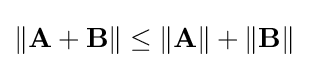
\|\mathbf {A+B} \|\leq \|\mathbf {A} \|+\|\mathbf {B} \|